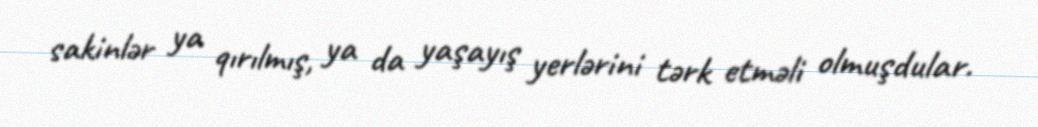
sakinlər ya qırılmış, ya da yaşayış yerlərini tərk etməli olmuşdular.